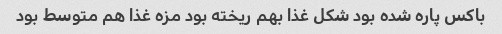
باکس پاره شده بود شکل غذا بهم ریخته بود مزه غذا هم متوسط بود